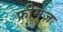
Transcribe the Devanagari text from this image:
फ्रीमुज़